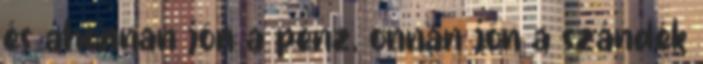
és ahonnan jön a pénz, onnan jön a szándék